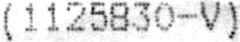
(1125830-V)